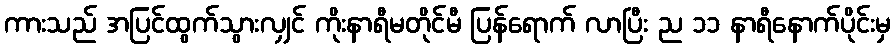
ကားသည် အပြင်ထွက်သွားလျှင် ကိုးနာရီမတိုင်မီ ပြန်ရောက် လာပြီး ည ၁၁ နာရီနောက်ပိုင်းမှ